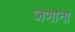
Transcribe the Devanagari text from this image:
जणाना